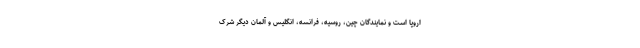
اروپا است و نمایندگان چین، روسیه، فرانسه، انگلیس و آلمان دیگر شرک